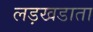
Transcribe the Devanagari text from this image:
लड़खडाता